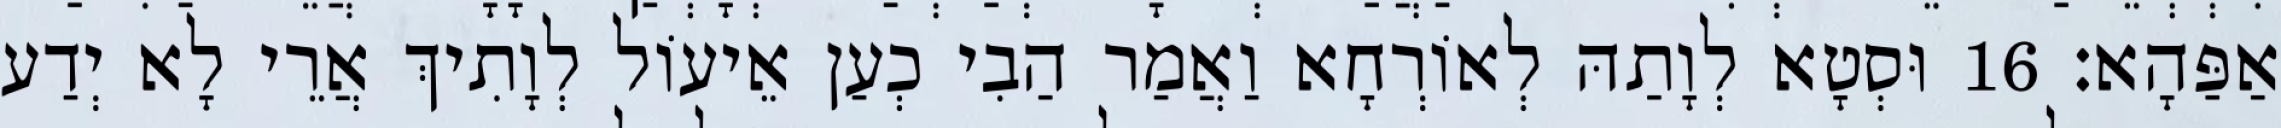
אַפַּהָא׃ 16 וּסְטָא לְוָתַהּ לְאוֹרְחָא וַאֲמַר הַבִי כְעַן אֵיעוֹל לְוָתִיךְ אֲרֵי לָא יְדַע